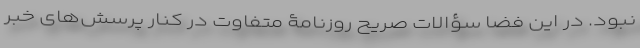
نبود. در این فضا سؤالات صریح روزنامۀ متفاوتِ در کنار پرسش‌های خبر